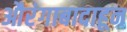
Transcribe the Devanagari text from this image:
औरंगाबादाहून